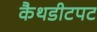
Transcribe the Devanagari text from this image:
कैथडीटपट